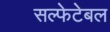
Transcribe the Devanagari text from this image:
सल्फेटेबल